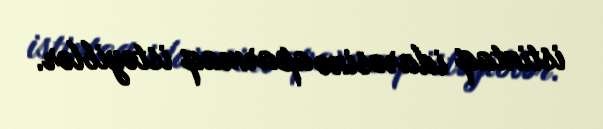
istintaq idarəsinə aparmaq istəyiblər.